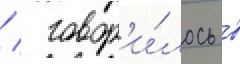
/  говор'и́лось в